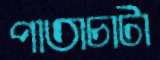
পাতাচাটা